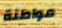
مواطنة